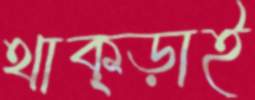
থাক্‌ড়াই